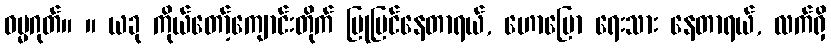
ဓမ္မဂုတ်။ ။ ယခု ကိုယ်တော့်ကျောင်းတိုက် ပြုပြင်နေတာရယ်, ဟောပြော ရေးသား နေတာရယ်, လက်ရှိ